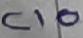
Text: C10